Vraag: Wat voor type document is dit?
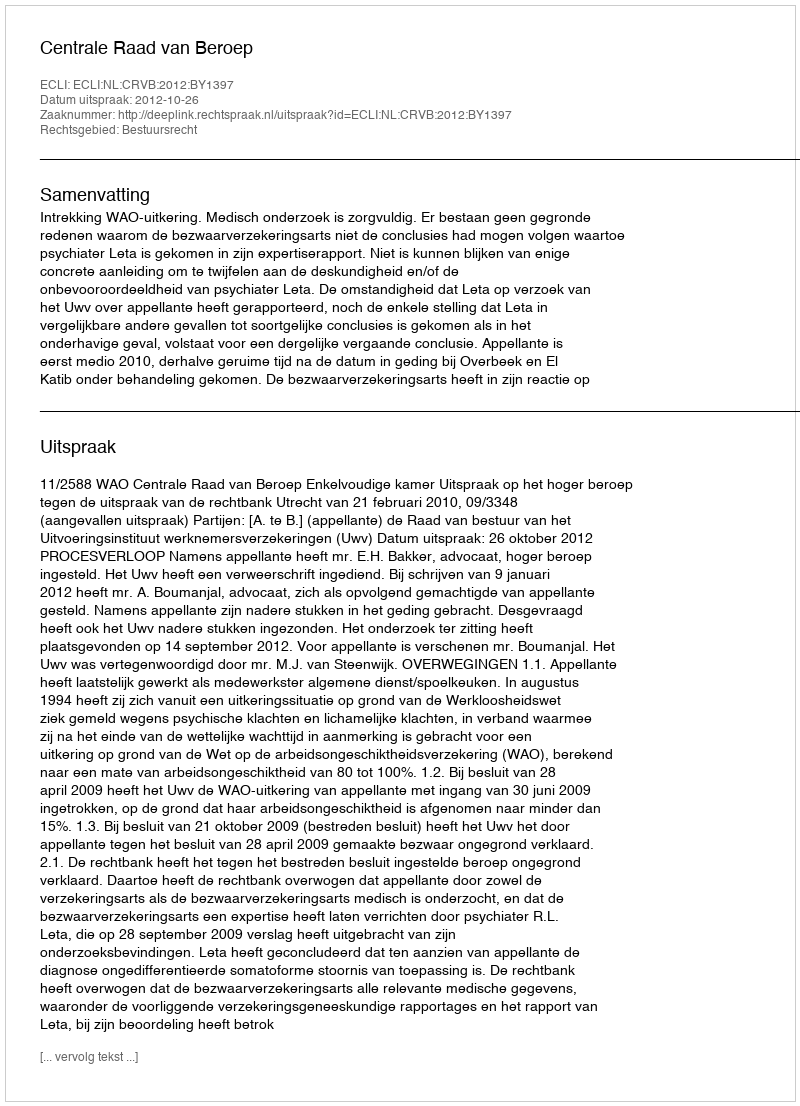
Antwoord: Uitspraak